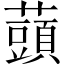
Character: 䕱